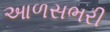
આળસભરી